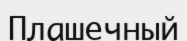
Плашечный